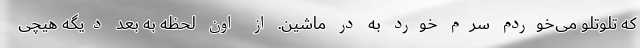
که تلوتلو می‌خوردم سرم خورد به در ماشین. از اون لحظه به بعد دیگه هیچی